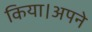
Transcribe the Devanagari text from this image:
किया।अपने